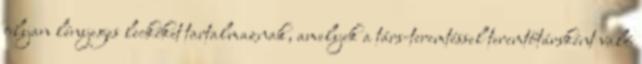
olyan lényeges leckéket tartalmaznak, amelyek a társ-teremtéssel teremtőtársként való